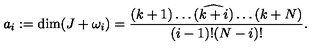
a _ { i } : = \dim ( J + \omega _ { i } ) = \frac { ( k + 1 ) \dots ( \widehat { k + i } ) \dots ( k + N ) } { ( i - 1 ) ! ( N - i ) ! } .